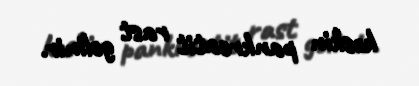
kəskin pankreatit rast gəlinir.